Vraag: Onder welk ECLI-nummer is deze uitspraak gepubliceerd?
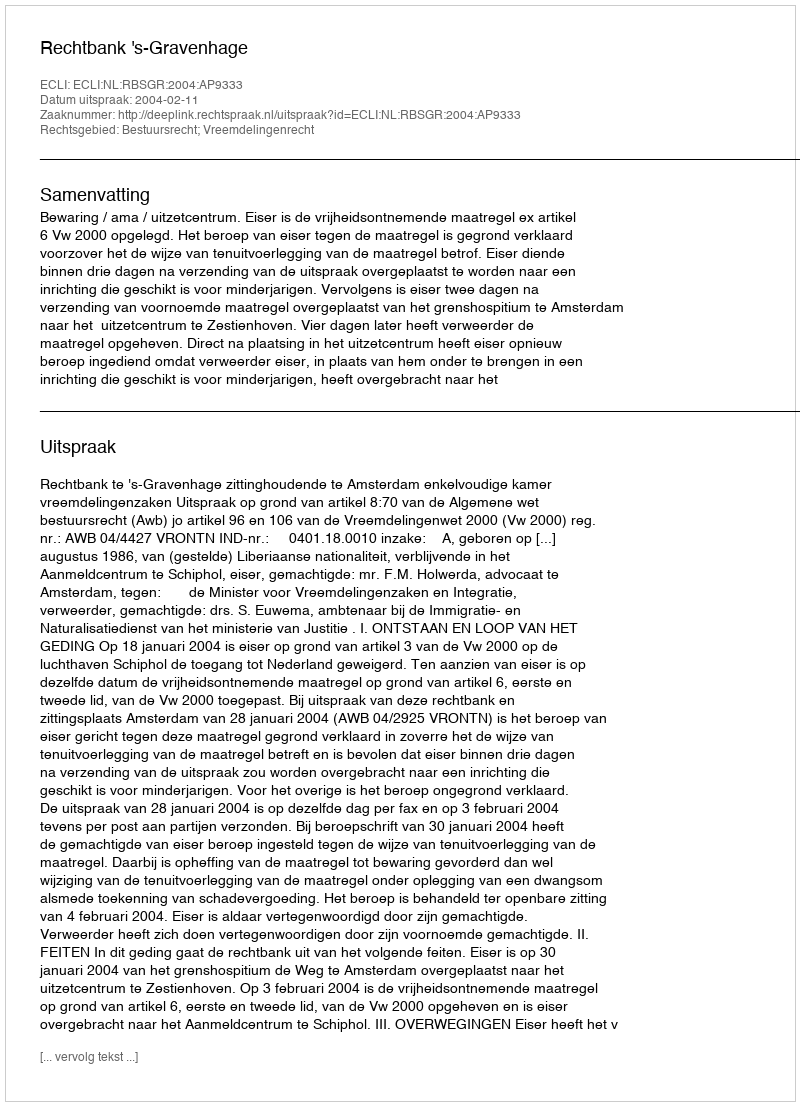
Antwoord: ECLI:NL:RBSGR:2004:AP9333